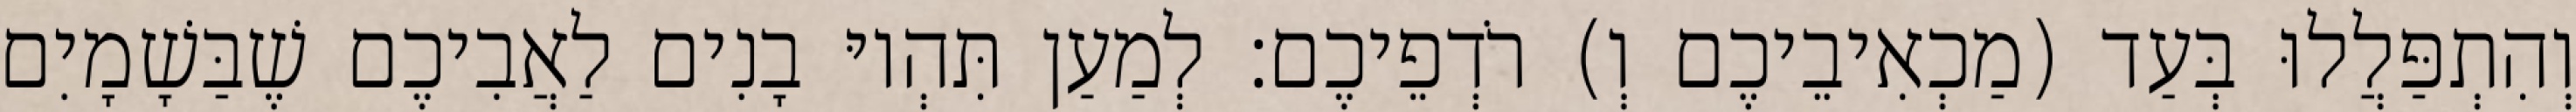
וְהִתְפַּלֲלוּ בְּעַד (מַכְאִיבֵיכֶם וְ) רֹדְפֵיכֶם׃ לְמַעַן תִּהְיוּ בָנִים לַאֲבִיכֶם שֶׁבַּשָׁמָיִם